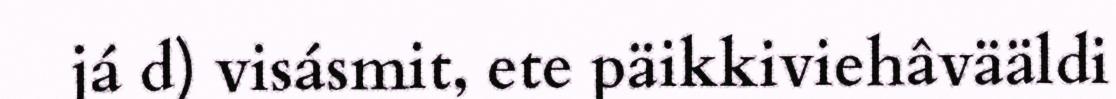
já d) visásmit, ete päikkiviehâvääldi